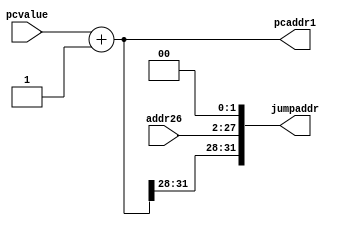
`timescale 1ps/1ps
module pcadder(input [31:0] pcvalue,
               input [25:0] addr26,
               output reg  [31:0] pcaddr1, jumpaddr);
    always @ (*)
      begin 
          pcaddr1 = pcvalue + 1;
          jumpaddr= { pcaddr1[31:28], addr26, 2'b0 };
          
      end
    
endmodule // pcadder